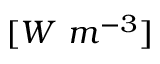
[ W \ m ^ { - 3 } ]